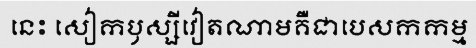
នេះ សៀកឫស្សីវៀតណាមគឺជាបេសកកម្ម